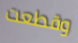
وقطعت